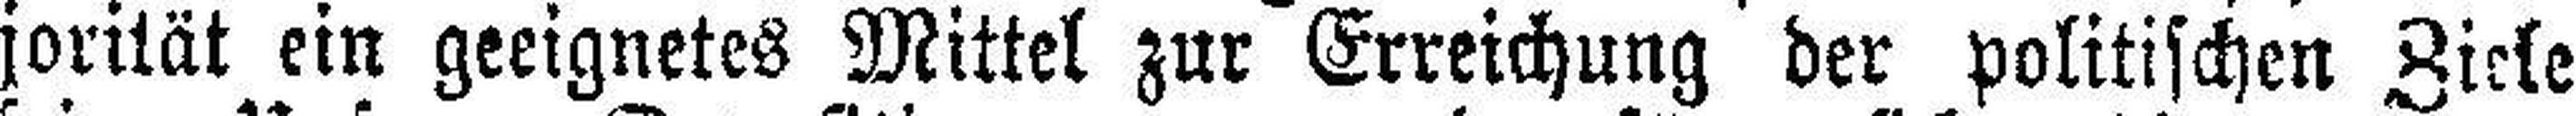
jorität ein geeignetes Mittel zur Erreichung der politischen Ziele